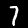
Digit: 7